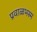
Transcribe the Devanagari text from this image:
प्रवाळभस्म